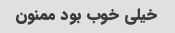
خیلى خوب بود ممنون